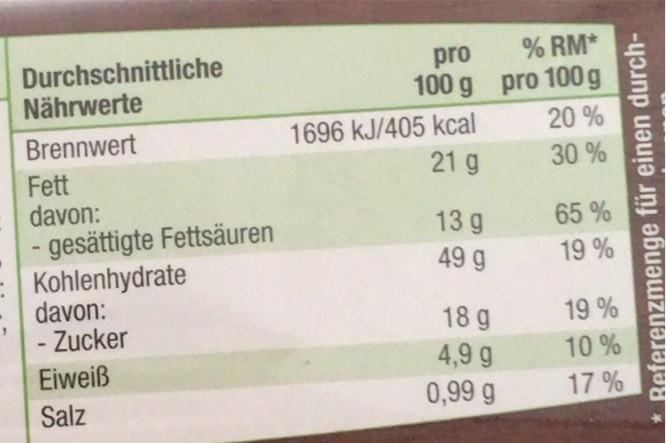
% RM*
Durchschnittliche Nährwerte
pro 100 g pro 100g
Brennwert
1696 kJ/405 kcal
20 %
21 g
30 %
Fett davon: - gesättigte Fettsäuren - Kohlenhydrate davon: - Zucker
65 %
13 g 49 g
19 %
18 g
19 %
Eiweiß
4,9 g
10 %
Salz
0,99 g
17 %
Referenzmenge für einen durch-